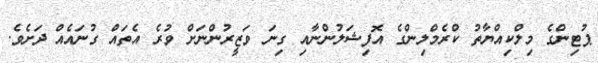
ޕުޓިންގެ މިލްކިއްޔާތު ކްރެމްލިންގެ އޮފިޝަލުންނާއި ގިނަ ވަޒީރުންނަށް ވުރެ އެތައް ގުނައެއް ދަށެވެ.